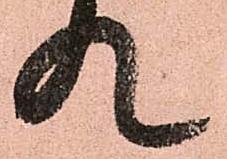
入